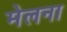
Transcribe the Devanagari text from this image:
मेलना